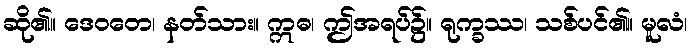
ဆို၏။ ဒေဝတေ၊ နတ်သား။ ဣဓ၊ ဤအရပ်၌။ ရုက္ခဿ၊ သစ်ပင်၏။ မူလံ၊